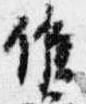
候